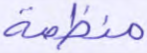
منظمة